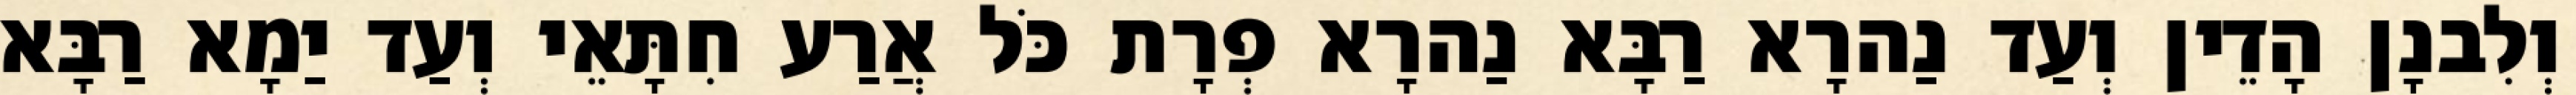
וְלִבנָן הָדֵין וְעַד נַהרָא רַבָּא נַהרָא פְרָת כֹּל אֲרַע חִתָּאֵי וְעַד יַמָא רַבָּא